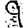
Digit: 9